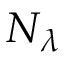
N _ { \lambda }